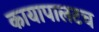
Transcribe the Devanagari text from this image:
कायापालटच